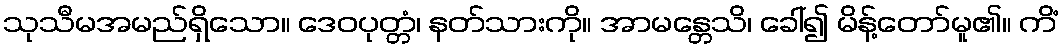
သုသီမအမည်ရှိသော။ ဒေဝပုတ္တံ၊ နတ်သားကို။ အာမန္တေသိ၊ ခေါ်၍ မိန့်တော်မူ၏။ ကိံ